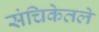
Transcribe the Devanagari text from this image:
संचिकेतले